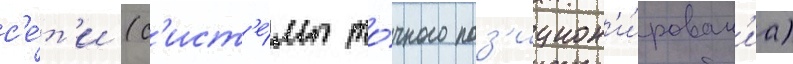
с'е́т'и (с'ист'е́мы то́чного поз'ицион'и́рован'иа)